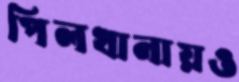
পিলখানায়ও